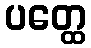
ပတ္ထေ